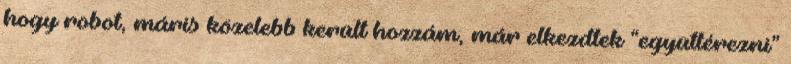
hogy robot, máris közelebb került hozzám, már elkezdtek “együttérezni”